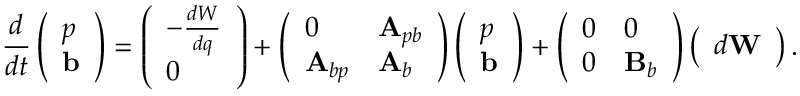
\frac { d } { d t } \left( \begin{array} { l } { p } \\ { \mathbf { b } } \end{array} \right) = \left( \begin{array} { l } { - \frac { d W } { d q } } \\ { 0 } \end{array} \right) + \left( \begin{array} { l l } { 0 } & { \mathbf { A } _ { p b } } \\ { \mathbf { A } _ { b p } } & { \mathbf { A } _ { b } } \end{array} \right) \left( \begin{array} { l } { p } \\ { \mathbf { b } } \end{array} \right) + \left( \begin{array} { l l } { 0 } & { 0 } \\ { 0 } & { \mathbf { B } _ { b } } \end{array} \right) \left( \begin{array} { l } { d \mathbf { W } } \end{array} \right) .